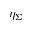
\eta _ { \Sigma }